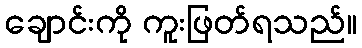
ချောင်းကို ကူးဖြတ်ရသည်။